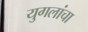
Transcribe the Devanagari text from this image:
युगलांचा